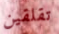
تقلقين